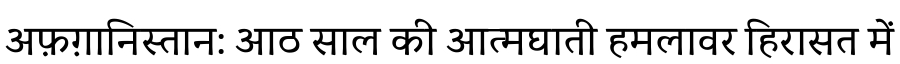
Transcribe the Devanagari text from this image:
अफ़ग़ानिस्तान: आठ साल की आत्मघाती हमलावर हिरासत में